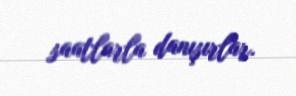
saatlarla danışırlar.